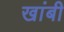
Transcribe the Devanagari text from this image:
खांबी